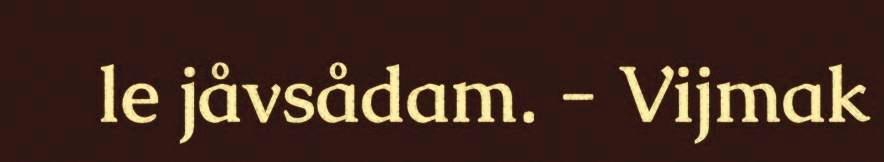
le jåvsådam. - Vijmak